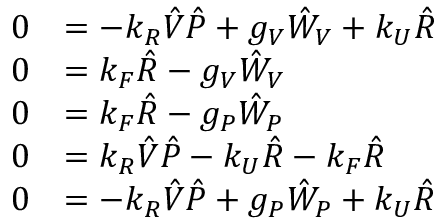
\begin{array} { r l } { 0 } & { = - k _ { R } \hat { V } \hat { P } + g _ { V } \hat { W } _ { V } + k _ { U } \hat { R } } \\ { 0 } & { = k _ { F } \hat { R } - g _ { V } \hat { W } _ { V } } \\ { 0 } & { = k _ { F } \hat { R } - g _ { P } \hat { W } _ { P } } \\ { 0 } & { = k _ { R } \hat { V } \hat { P } - k _ { U } \hat { R } - k _ { F } \hat { R } } \\ { 0 } & { = - k _ { R } \hat { V } \hat { P } + g _ { P } \hat { W } _ { P } + k _ { U } \hat { R } } \end{array}